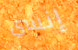
إنسي